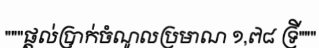
"""ផ្តល់ប្រាក់ចំណូលប្រមាណ ១,៧៨ ទ្រី"""